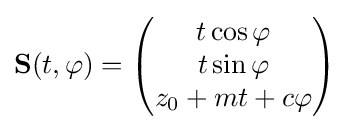
\mathbf {S} (t,\varphi )={\begin{pmatrix}t\cos \varphi \\t\sin \varphi \\z_{0}+mt+c\varphi \end{pmatrix}}\